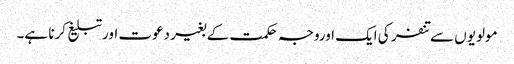
مولویوں سے تنفر کی ایک اوروجہ حکمت کے بغیر دعوت اورتبلیغ کرنا ہے۔